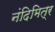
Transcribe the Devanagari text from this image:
नंदिमित्र